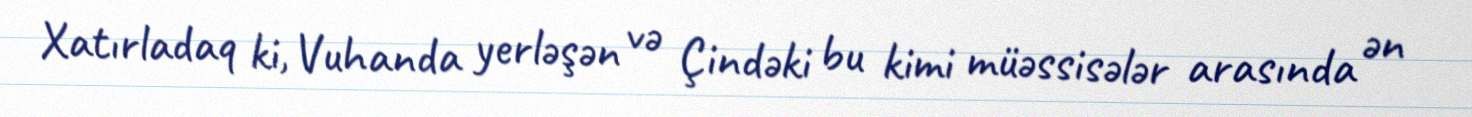
Xatırladaq ki, Vuhanda yerləşən və Çindəki bu kimi müəssisələr arasında ən